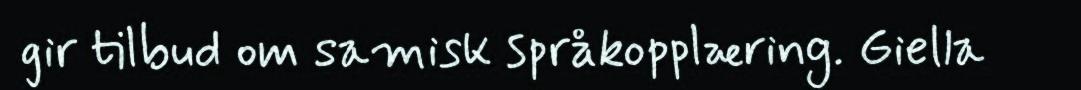
gir tilbud om samisk språkopplæring. Giella